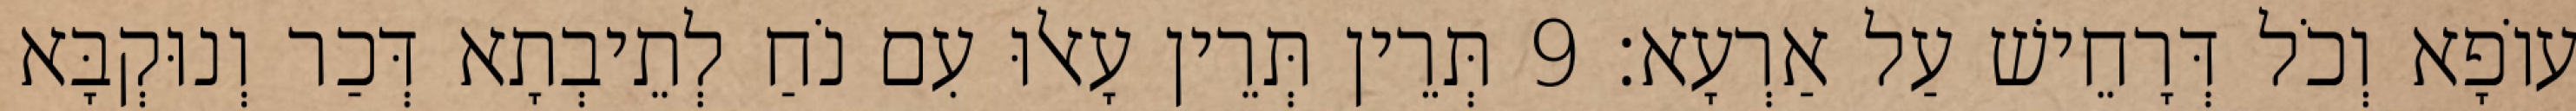
עוֹפָא וְכֹל דְּרָחֵישׁ עַל אַרְעָא׃ 9 תְּרֵין תְּרֵין עָאלוּ עִם נֹחַ לְתֵיבְתָא דְּכַר וְנוּקְבָּא